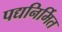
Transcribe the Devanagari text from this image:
पद्यनिर्मित